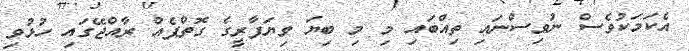
އެކަމަކުވެސް ނުވިސްނައި ތިއްބައި މި މި ބިޔަ ވިޔަފާރީގެ ގޮތްޕެއް ރާއްޖޭގައި ހުޅުވި